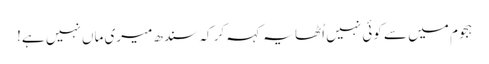
ہجوم میں سے کوئی نہیں اُٹھا یہ کہہ کر کہ سندھ میری ماں نہیں ہے!